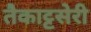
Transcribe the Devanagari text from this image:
तैकाट्टसेरी